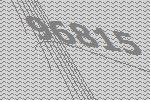
96815